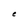
Character: e